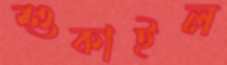
শুকাইল